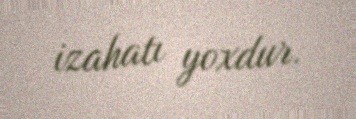
izahatı yoxdur.